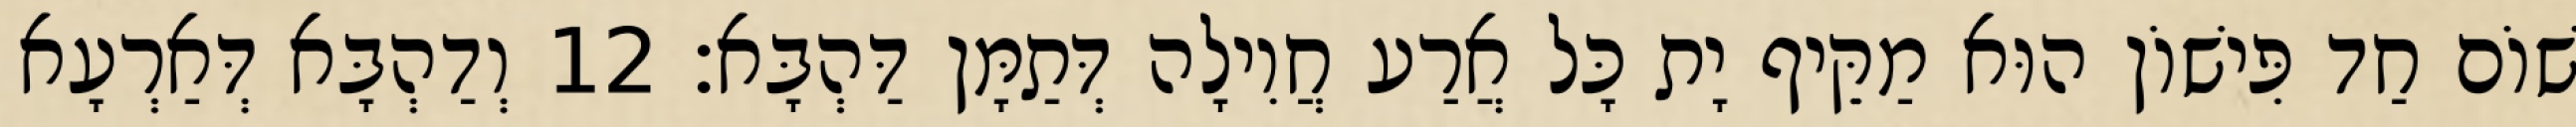
שׁוֹם חַד פִּישׁוֹן הוּא מַקֵּיף יָת כָּל אֲרַע חֲוִילָה דְּתַמָּן דַּהְבָּא׃ 12 וְדַהְבָּא דְּאַרְעָא